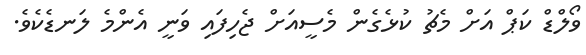
ވޯލްޑް ކަޕް އަށް މެޗު ކުޅެގެން މެސީއަށް ޖެހިފައި ވަނީ އެންމެ ލަނޑެކެވެ.